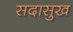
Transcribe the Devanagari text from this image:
सदासुख